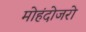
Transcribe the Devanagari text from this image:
मोहंदोजरो